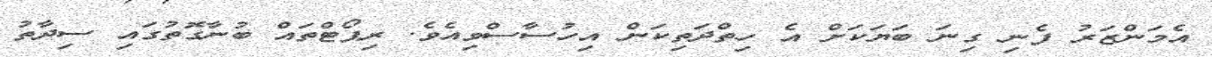
އެމަންޒަރު ފެނި ގިނަ ބަޔަކަށް އެ ހިތްދަތިކަން އިހުސާސްވިއެވެ. ރިޕޯޓްތައް ބުނާގޮތުގައި ސިދާތު